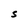
Character: 5